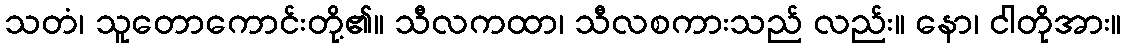
သတံ၊ သူတောကောင်းတို့၏။ သီလကထာ၊ သီလစကားသည် လည်း။ နော၊ ငါတိုအား။